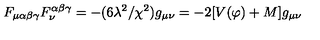
F _ { \mu \alpha \beta \gamma } F _ { \nu } ^ { \alpha \beta \gamma } = - ( 6 \lambda ^ { 2 } / \chi ^ { 2 } ) g _ { \mu \nu } = - 2 [ V ( \varphi ) + M ] g _ { \mu \nu }